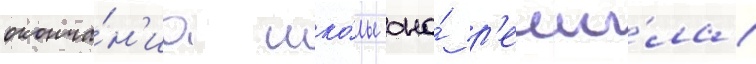
оконча́н'иа шко́лы она́ р'еши́ла